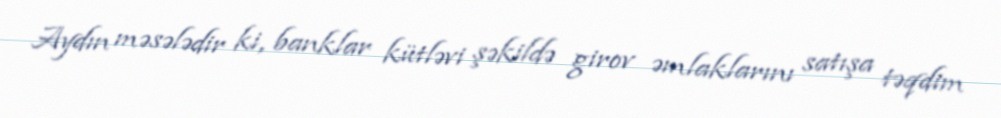
Aydın məsələdir ki, banklar kütləvi şəkildə girov əmlaklarını satışa təqdim